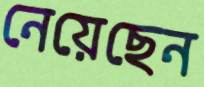
নেয়েছেন